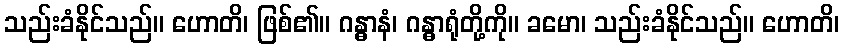
သည်းခံနိုင်သည်။ ဟောတိ၊ ဖြစ်၏။ ဂန္ဓာနံ၊ ဂန္ဓာရုံတို့ကို။ ခမော၊ သည်းခံနိုင်သည်။ ဟောတိ၊